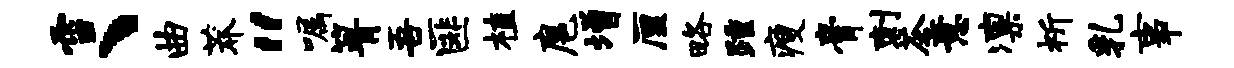
雪、曲莽“嘱箐吾匪植扈增厘略踵瘦膏刺茶意凛祈乳事